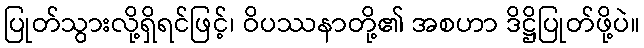
ပြုတ်သွားလို့ရှိရင်ဖြင့်၊ ဝိပဿနာတို့၏ အစဟာ ဒိဋ္ဌိပြုတ်ဖို့ပဲ။